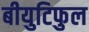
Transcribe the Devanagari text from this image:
बीयुटिफुल